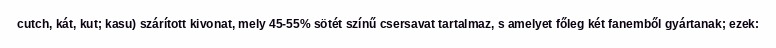
cutch, kát, kut; kasu) szárított kivonat, mely 45-55% sötét színű csersavat tartalmaz, s amelyet főleg két fanemből gyártanak; ezek: